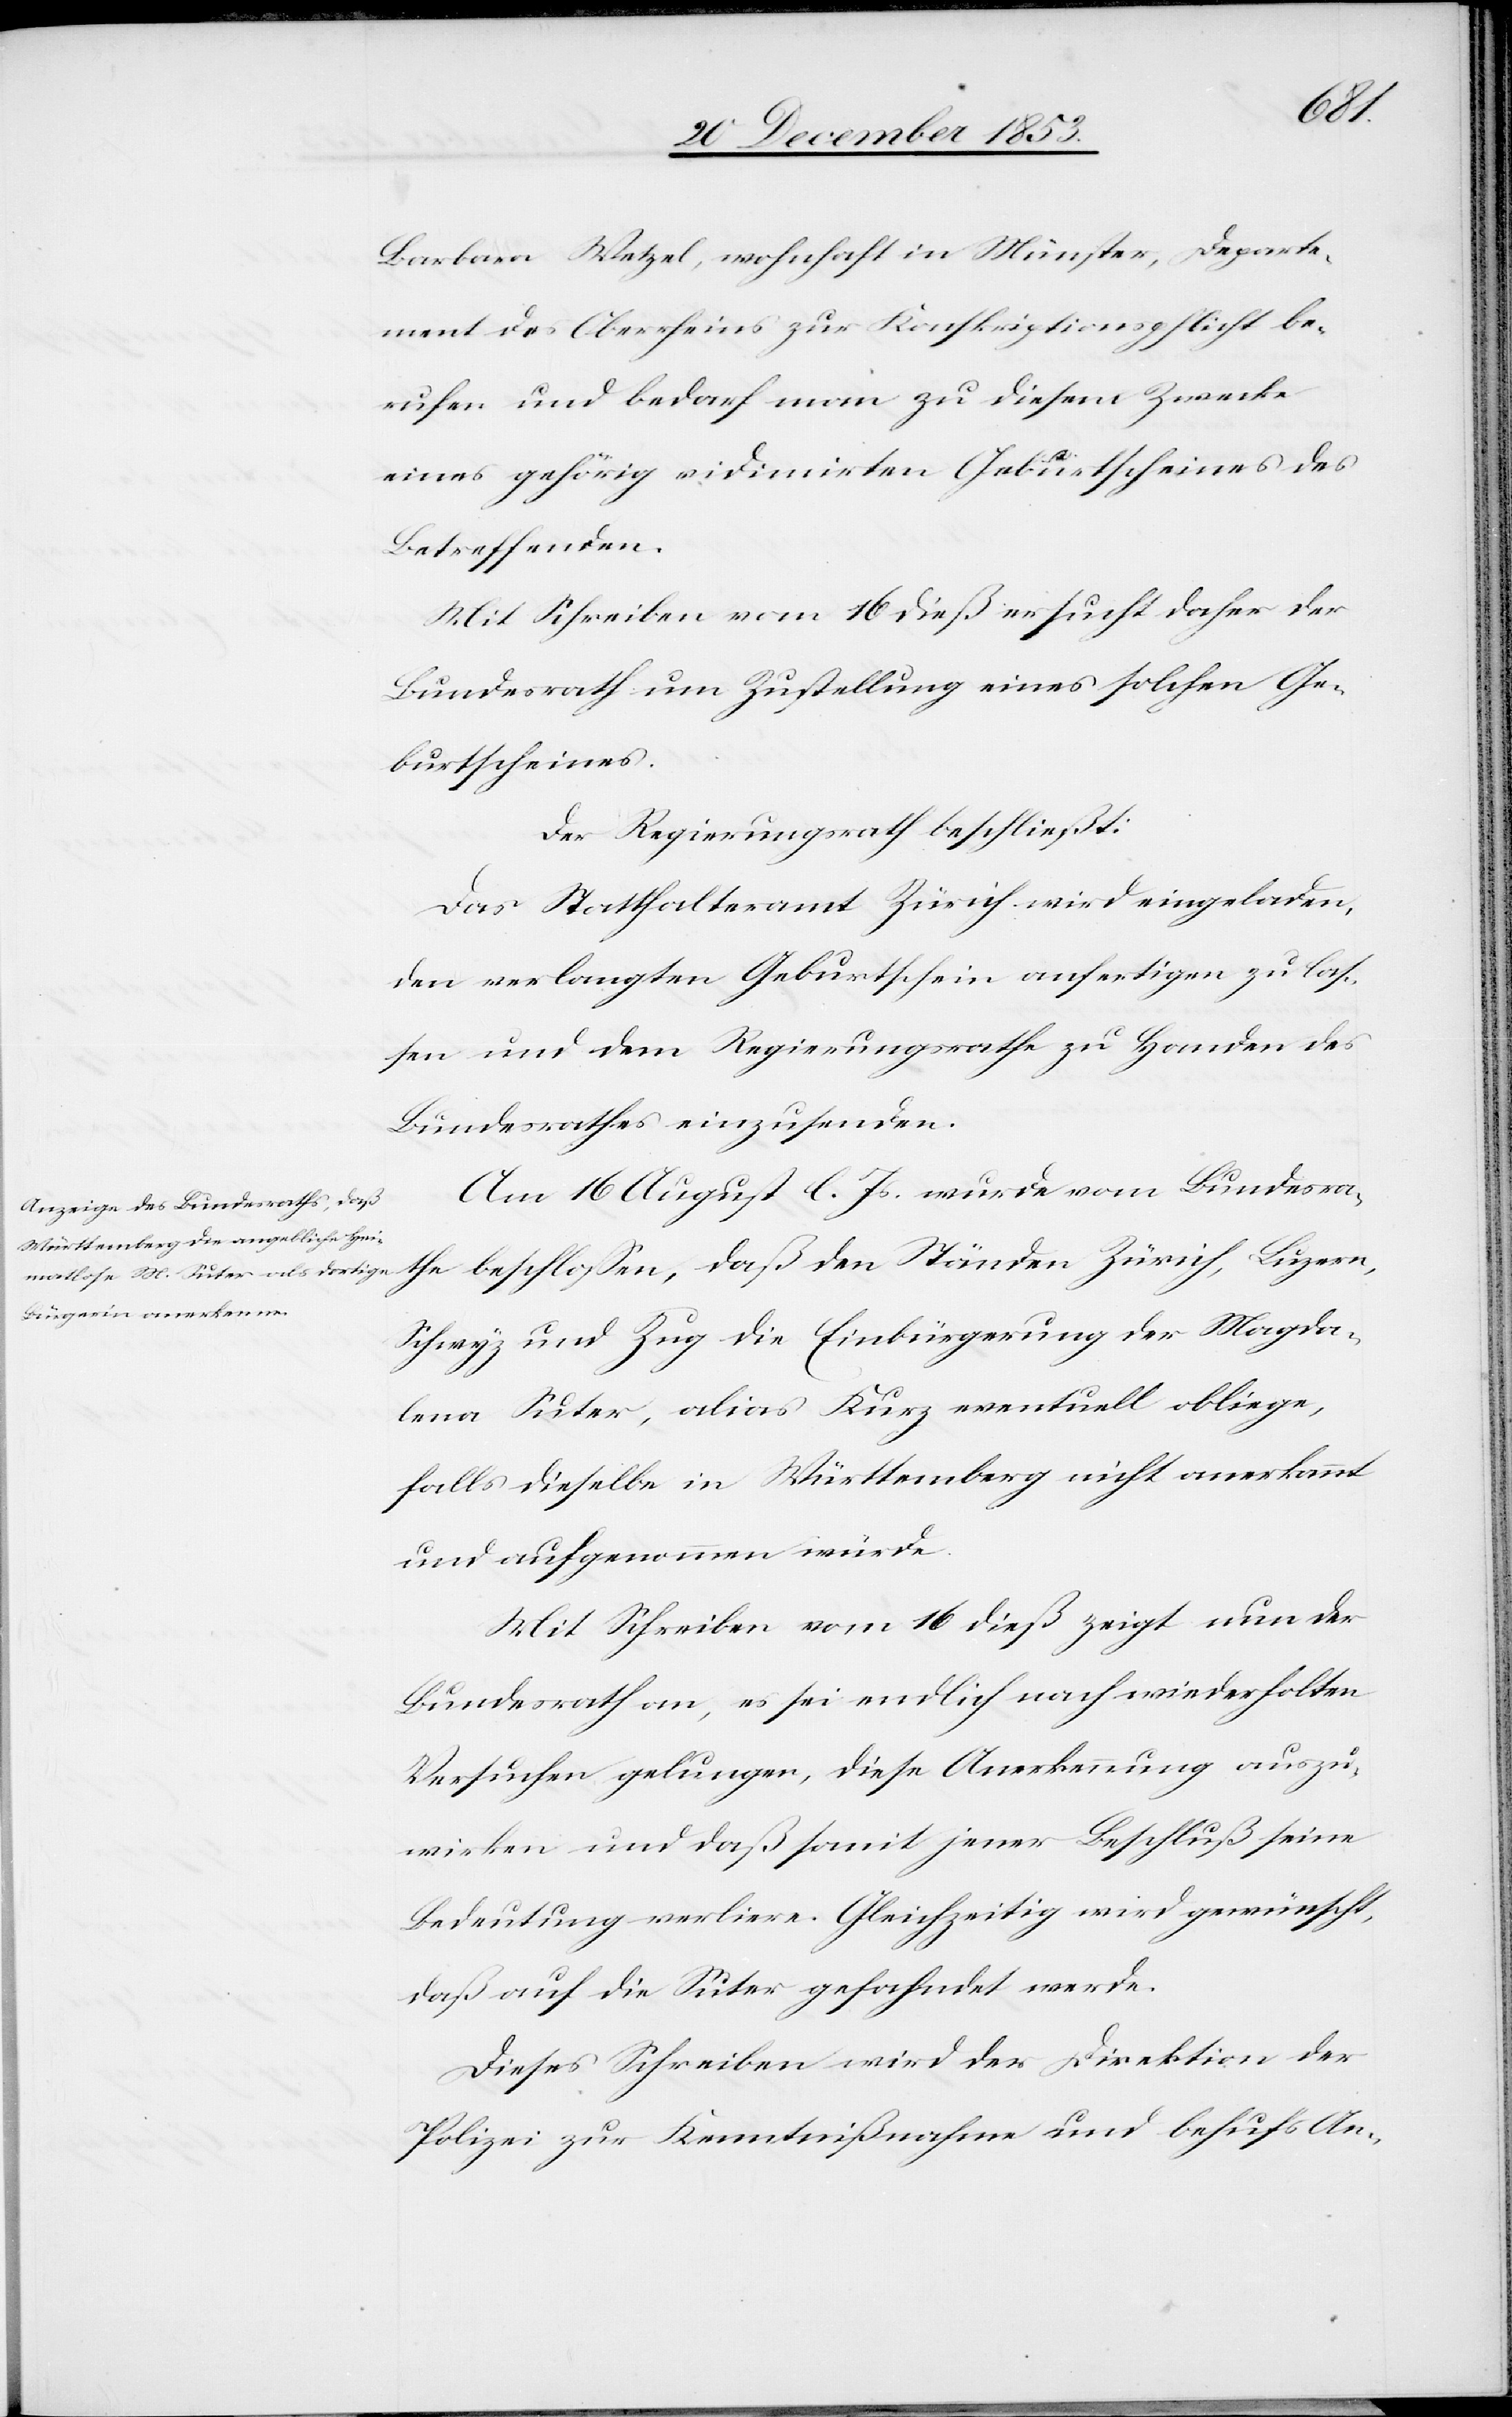
Barbara Wetzel, wohnhaft in Münster, Departe¬
ment des Oberrheines zur Konskriptionspflicht be¬
rufen und bedarf man zu diesem Zwecke
eines gehörig vidimirten Geburtsscheines des
Betreffenden.
Mit Schreiben vom 16 dieß ersucht daher der
Bundesrath um Zustellung eines solchen Ge¬
burtsscheines.
Der Regierungsrath beschließt:
Das Statthalteramt Zürich wird eingeladen,
den verlangten Geburtsschein anfertigen zu laß¬
en und dem Regierungsrathe zu Handen des
Bundesrathes einzusenden.
Am 16 August l. Js. wurde vom Bundesra¬
the beschloßen, daß den Ständen Zürich, Luzern,
Schwyz und Zug die Einbürgerung der Magda¬
lena Suter, alias Kurz eventuell obliege,
falls dieselbe in Württemberg nicht anerkannt
und aufgenommen würde.
Mit Schreiben vom 16 dieß zeigt nun der
Bundesrath an, es sei endlich nach wiederholten
Versuchen gelungen, diese Anerkennung auszu¬
wirken und daß somit jener Beschluß seine
Bedeutung verliere. Gleichzeitig wird gewünscht,
daß auf die Suter gefahndet werde.
Dieses Schreiben wird der Direktion der
Polizei zur Kenntnißnahme und behufs An-